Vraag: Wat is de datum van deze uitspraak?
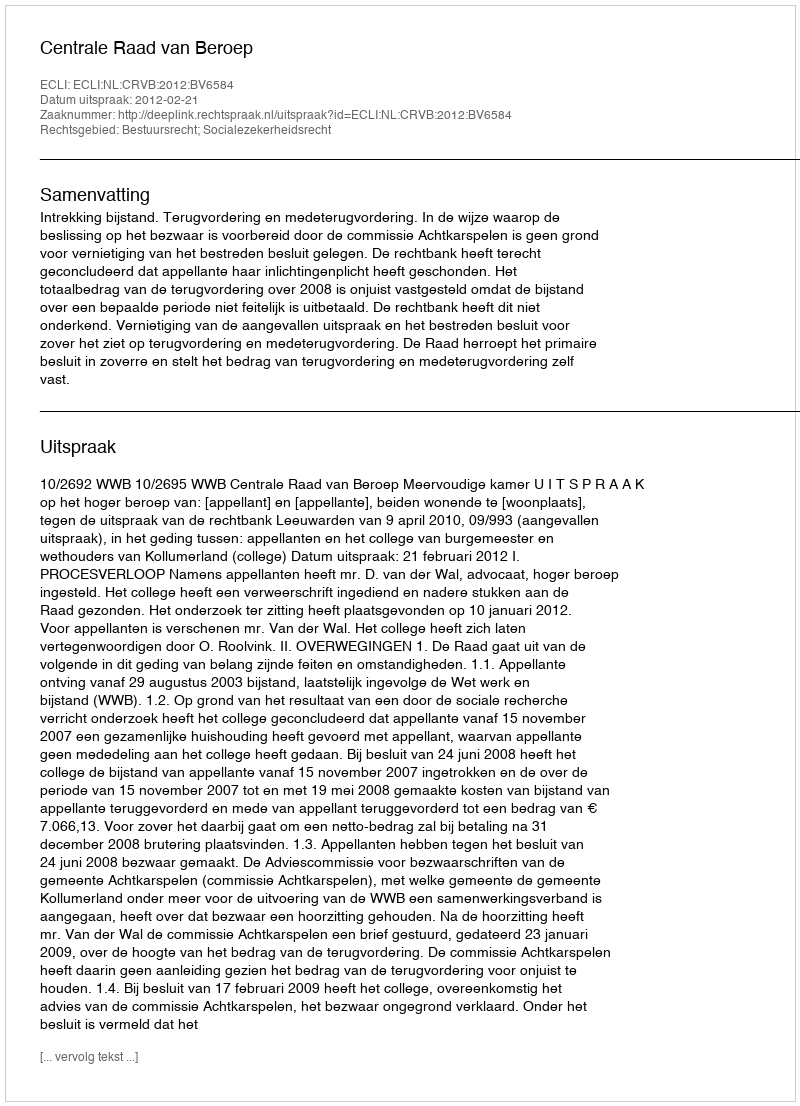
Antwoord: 2012-02-21